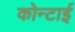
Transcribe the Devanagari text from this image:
कोन्टाई